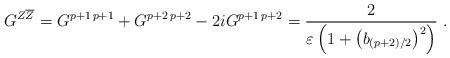
LaTeX: \begin{align*}G^{Z\overline{Z}}=G^{p+1\, p+1}+G^{p+2\, p+2}-2iG^{p+1\,p+2}=\frac{2}{\varepsilon\left(1+\left(b_{(p+2)/2}\right)^{2}\right)}~.\end{align*}